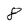
Character: 8